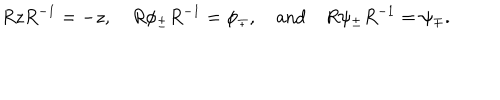
R z R ^ { - 1 } = - z , \quad R \phi _ { \pm } R ^ { - 1 } = \phi _ { \mp } , \quad \mathrm { a n d } \quad R \psi _ { \pm } R ^ { - 1 } = \psi _ { \mp } .